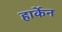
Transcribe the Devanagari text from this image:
हार्केन